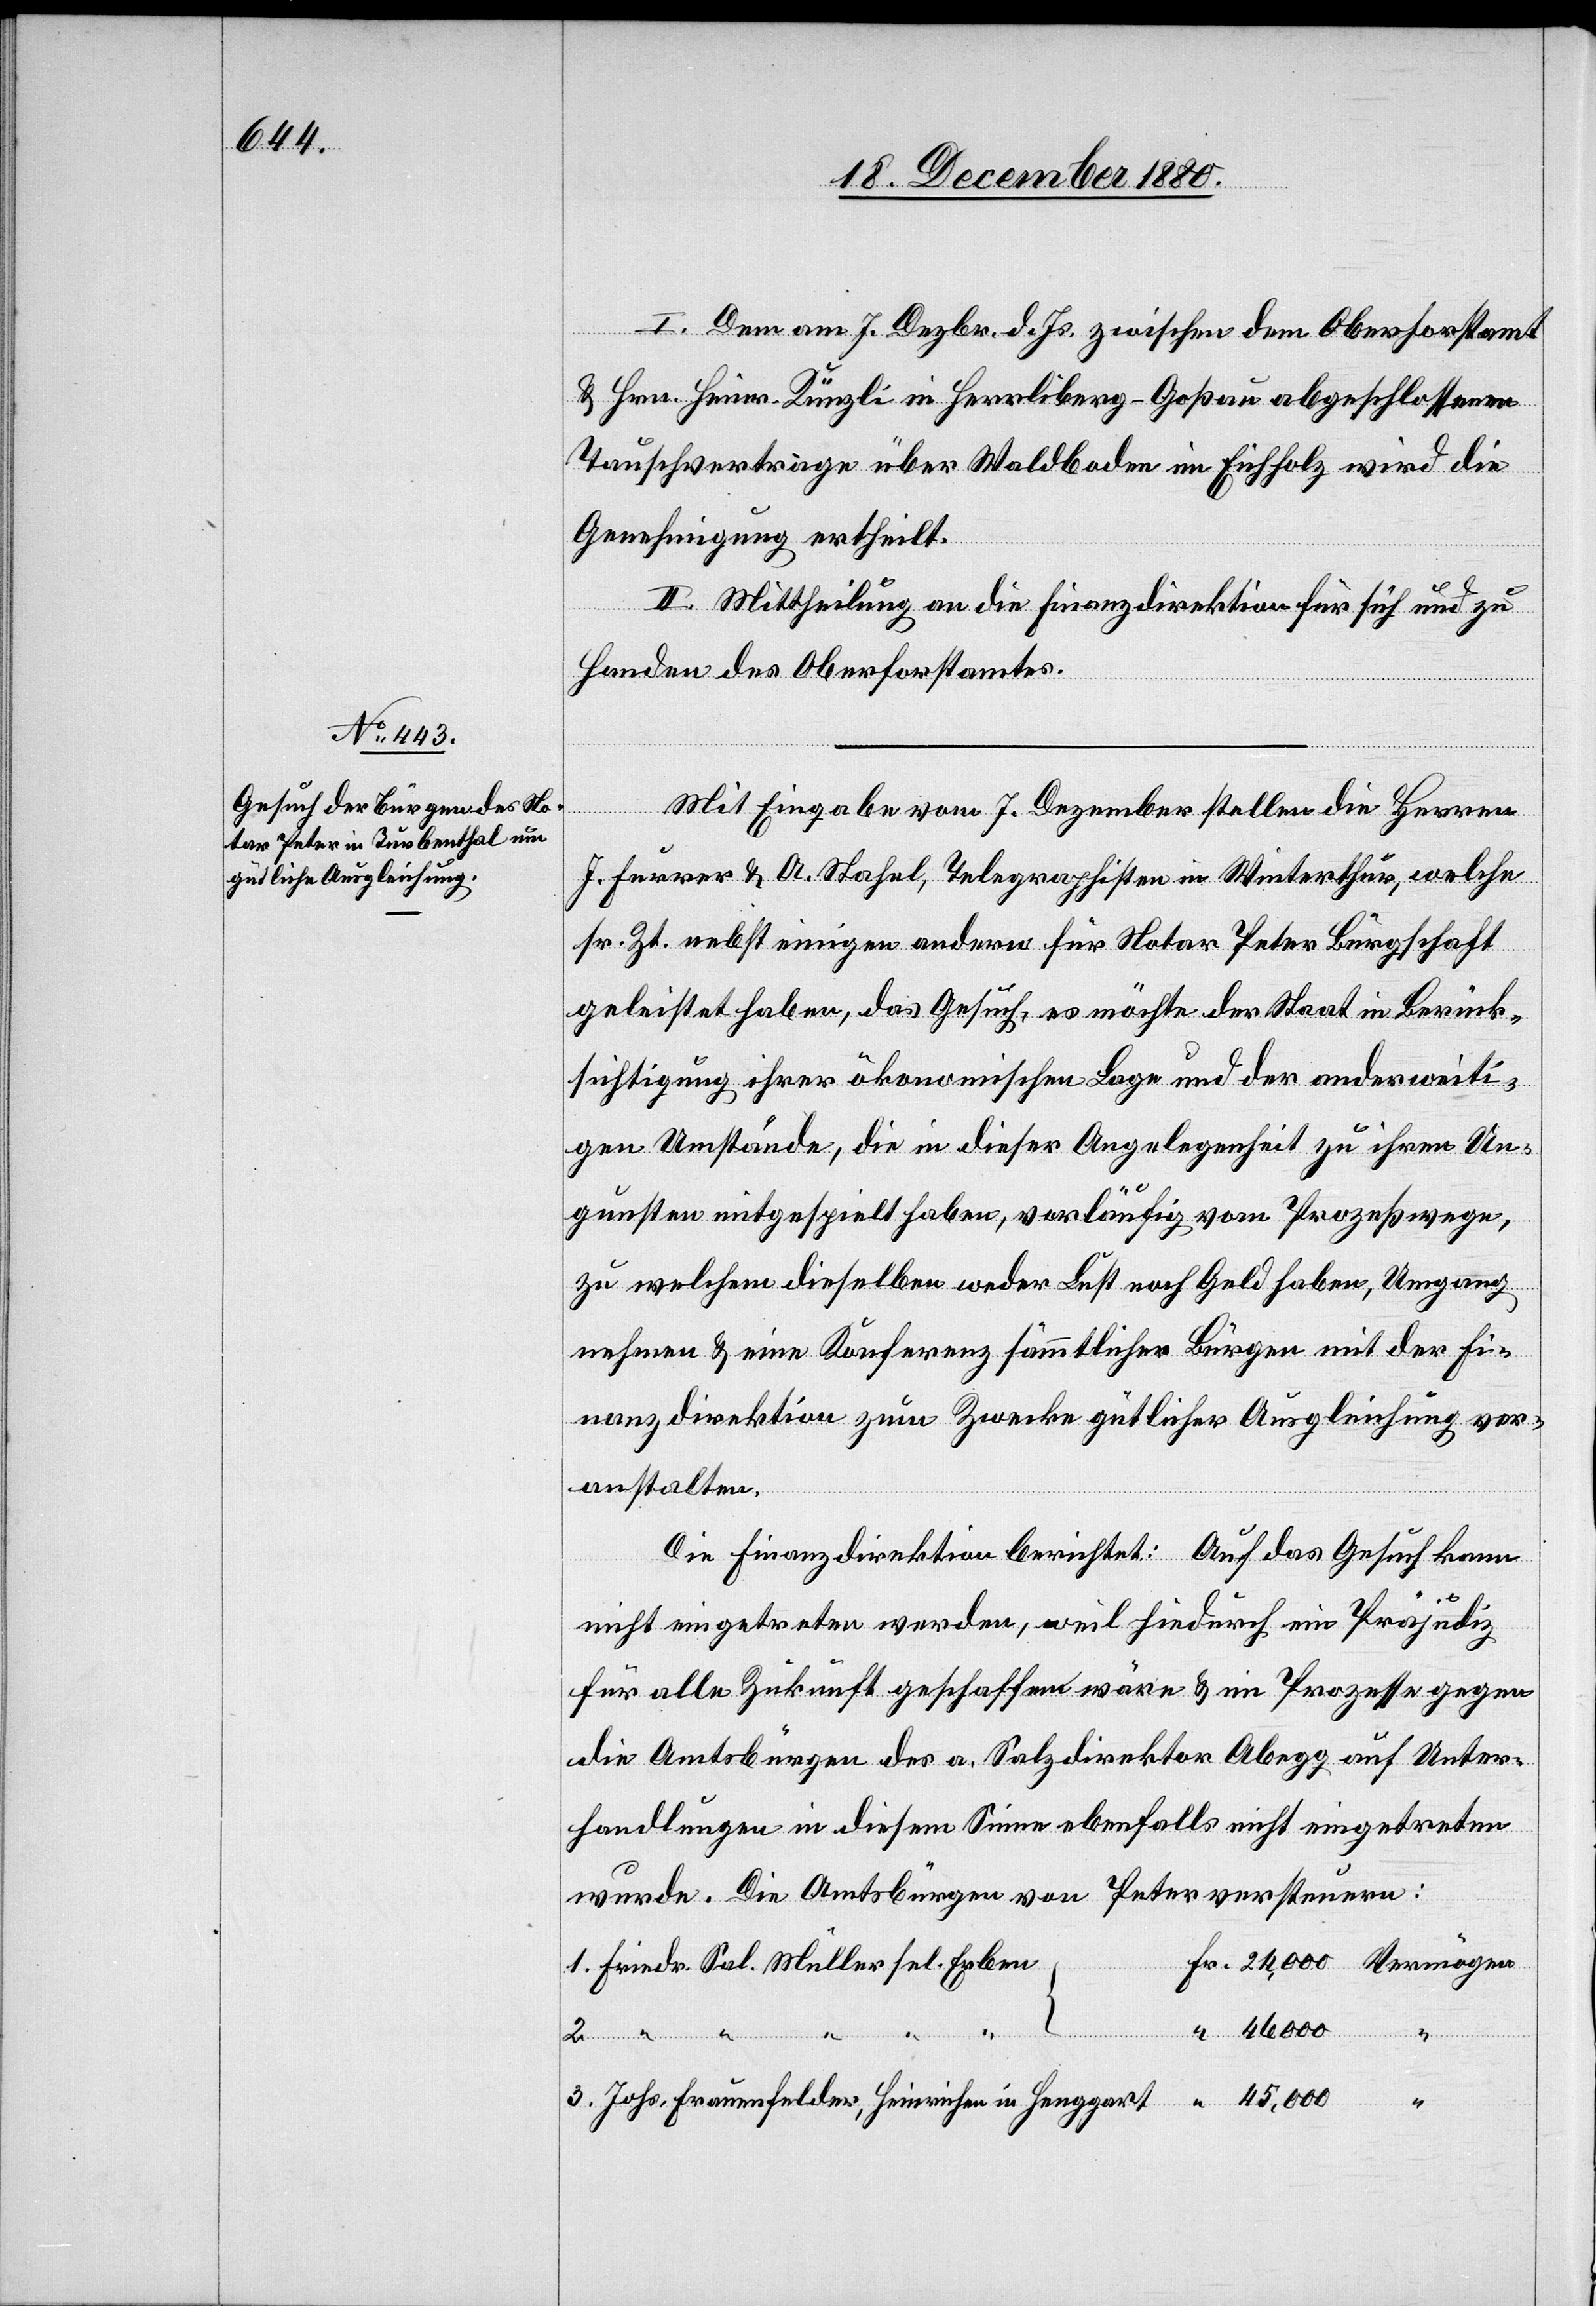
I. Dem am 7. Dezbr. d. Js. zwischen dem Oberforstamt
& Hrn. Heinr. Künzli in Herrliberg - Goßau abgeschlossenen
Tauschvertrage über Waldboden im Eichholz wird die
Genehmigung ertheilt.
II. Mittheilung an die Finanzdirektion für sich und zu
Handen des Oberforstamtes.
Mit Eingabe vom 7. Dezember stellen die Herren
J. Furrer & A. Stahel, Telegraphisten in Winterthur, welche
sr. Zt. nebst einigen anderen für Notar Peter Bürgschaft
geleistet haben, das Gesuch, es möchte der Staat in Berück¬
sichtigung ihrer ökonomischen Lage und der anderweiti¬
gen Umstände, die in dieser Angelegenheit zu ihren Un¬
gunsten mitgespielt haben, vorläufig vom Prozeßwege
zu welchem dieselben weder Lust noch Geld haben, Umgang
nehmen & eine Konferenz sämmtlicher Bürgen mit der Fi¬
nanzdirektion zum Zwecke gütlicher Ausgleichung ver¬
anstalten.
Die Finanzdirektion berichtet: Auf das Gesuch kann
nicht eingetreten werden, weil hiedurch ein Präjudiz
für alle Zukunft geschaffen wäre & im Prozesse gegen
die Amtsbürgen des a. Salzdirektor Abegg auf Unter¬
handlungen in diesem Sinne ebenfalls nicht eingetreten
wurde. Die Amtsbürgen von Peter versteuern:
Vermögen
3.
Johs. Frauenfelder, Heinrichen in Henggart